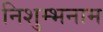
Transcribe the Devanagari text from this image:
निशुम्भनाम